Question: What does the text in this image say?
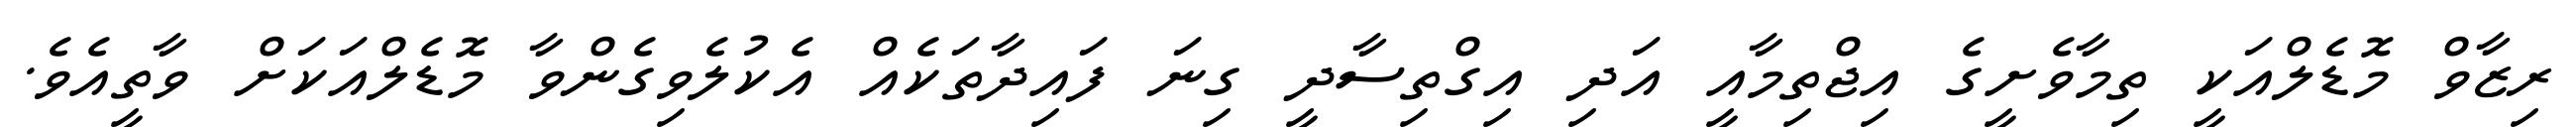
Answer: ރިޒާވް މޮޑެލްއަކީ ތިމާވެށީގެ އިޖްތިމާއީ އަދި އިގްތިސާދީ ގިނަ ފައިދާތަކެއް އެކުލެވިގެންވާ މޮޑެލްއަކަށް ވާތީއެވެ.